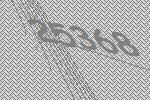
25368